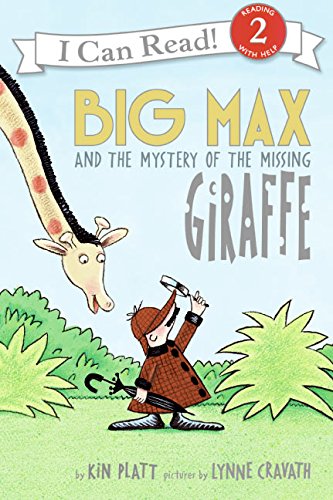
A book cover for Big Max and the Mystery of the Missing Giraffe (I Can Read Level 2); Kin Platt; Children's Books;